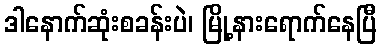
ဒါနောက်ဆုံးစခန်းပဲ၊ မြို့နားရောက်နေပြီ